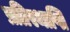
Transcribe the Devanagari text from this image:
प्रतिस्थाप्ति